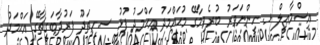
އިސްމާޢީލް ޅ. ހިންނަވަރު ބުރެވިމާގޭ މުޙައްމަދު އަޙްމަދު ފުޅު ސ.ހިތަދޫ ފަރުދާބަގީޗާގޭ އަޙްމަދު